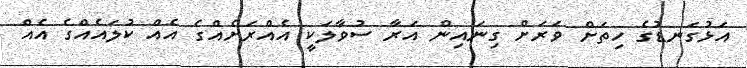
އަޅުގަނޑުގެ ހިތަށް ވަރަށް ގިނައިން އަރާ ސުވާލަކީ އެއްރަށެއްގެ އެއް ކުލައެއްގެ އެއް